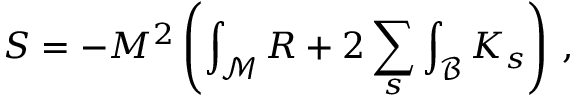
S = - M ^ { 2 } \left( \int _ { \mathcal M } R + 2 \sum _ { s } \int _ { \mathcal B } K _ { s } \right) \, ,